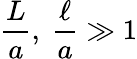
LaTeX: \frac{L}{a},\ \frac{\ell}{a}\gg 1